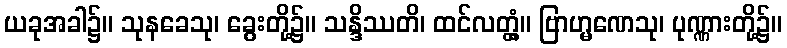
ယခုအခါ၌။ သုနခေသု၊ ခွေးတို့၌။ သန္ဒိဿတိ၊ ထင်လတ္တံ့။ ဗြာဟ္မဏေသု၊ ပုဏ္ဏားတို့၌။